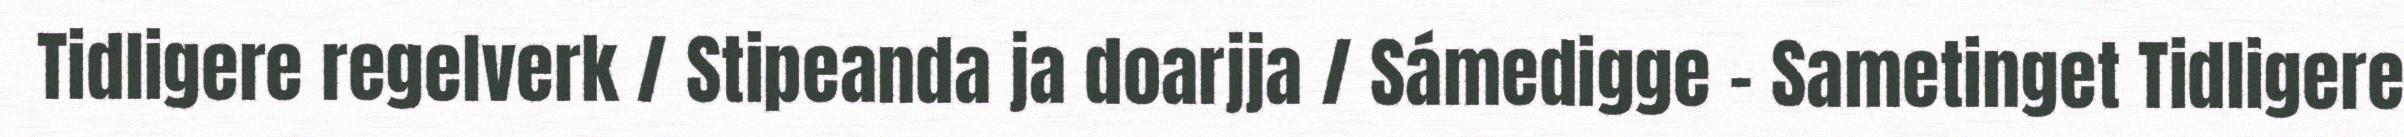
Tidligere regelverk / Stipeanda ja doarjja / Sámedigge - Sametinget Tidligere